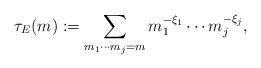
LaTeX: \begin{align*}\tau_E(m) := \sum_{m_1\cdots m_j =m}m_1^{-\xi_1}\cdots m_j^{-\xi_j},\end{align*}